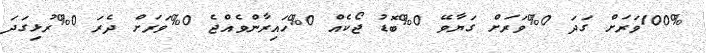
100%ވަރަށް ގަދަ 0%ވަރަށް ގަޔާވޭ 0%ބޮޑު ޖޯކެއް 0%ހައިރާންވެއްޖެ 0%ވަރަށް ދެރަ 0%ރުޅިގަދަ